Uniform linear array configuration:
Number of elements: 4
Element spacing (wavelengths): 0.25
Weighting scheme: kaiser
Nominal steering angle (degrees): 0
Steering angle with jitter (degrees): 0.7693
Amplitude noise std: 0.05
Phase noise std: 0.05

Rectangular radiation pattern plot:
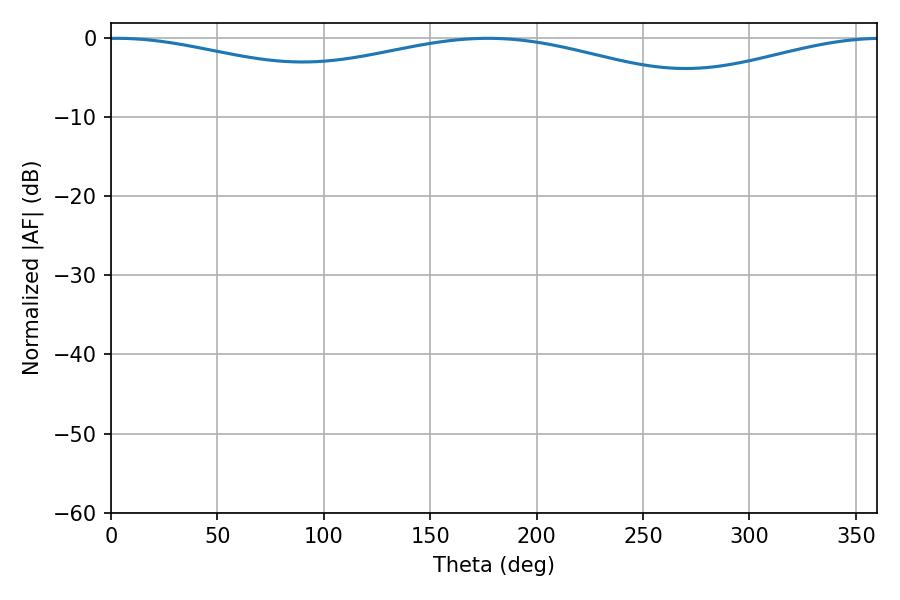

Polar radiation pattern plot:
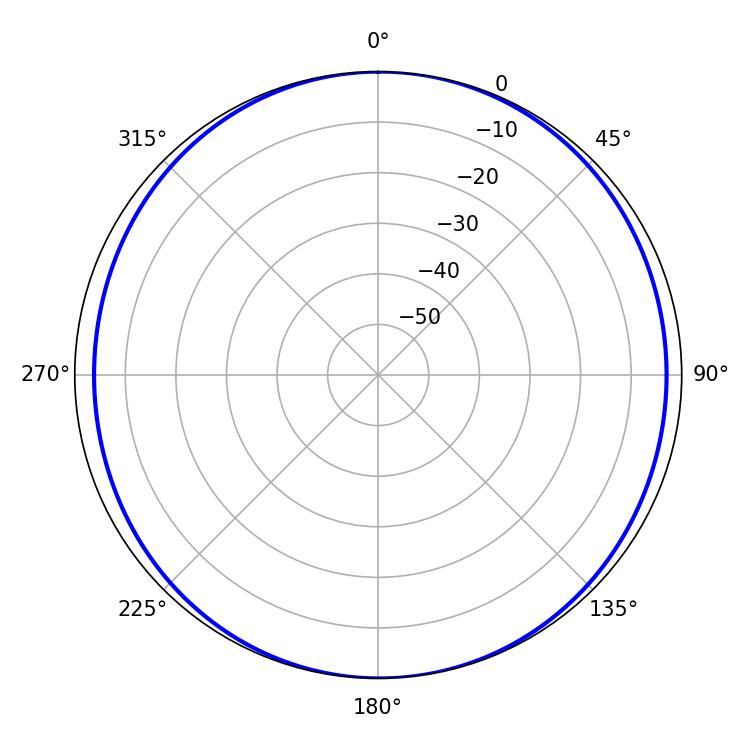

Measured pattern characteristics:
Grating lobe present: FALSE
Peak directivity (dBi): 11.062
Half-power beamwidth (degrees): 243
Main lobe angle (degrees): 2.88